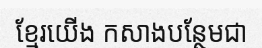
ខ្មែរយើង កសាងបន្ថែមជា